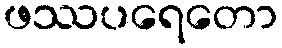
ဖဿပရေတော